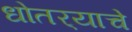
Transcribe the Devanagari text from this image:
धोतर्‍याचे